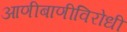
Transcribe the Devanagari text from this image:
आणीबाणीविरोधी